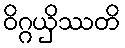
ဝိဂ္ဂယှိဿတိ